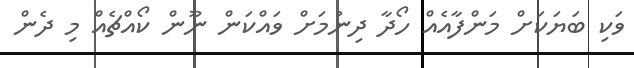
ވަކި ބަޔަކަށް މަންފާއެއް ހޯދާ ދިނުމަށް ވައްކަން ނޫން ކޯއްޗެއް މި ދެން